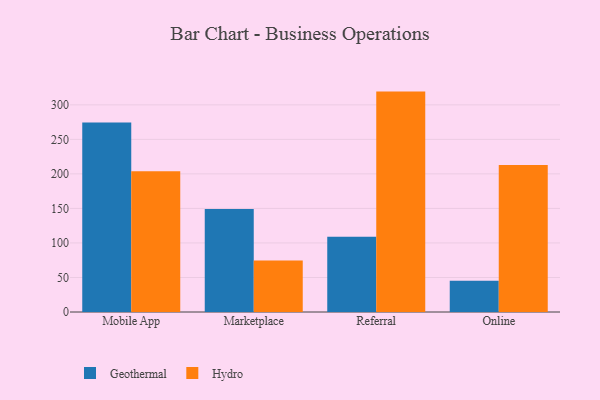
{"axis": {"x": "Channel", "y": "Headcount"}, "legend": ["Geothermal", "Hydro"], "data": [{"x": "Mobile App", "y": 274.6, "type": "Geothermal"}, {"x": "Mobile App", "y": 204.0, "type": "Hydro"}, {"x": "Marketplace", "y": 149.0, "type": "Geothermal"}, {"x": "Marketplace", "y": 74.7, "type": "Hydro"}, {"x": "Referral", "y": 109.0, "type": "Geothermal"}, {"x": "Referral", "y": 319.2, "type": "Hydro"}, {"x": "Online", "y": 45.4, "type": "Geothermal"}, {"x": "Online", "y": 212.8, "type": "Hydro"}]}